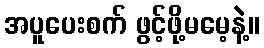
အပူပေးစက် ဖွင့်ဖို့မမေ့နဲ့။